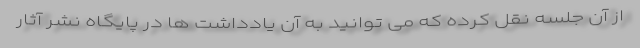
از آن جلسه نقل کرده که می توانید به آن یادداشت ها در پایگاه نشر آثار